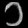
Digit: ၁